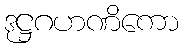
ဒုဋ္ဌဂဟဏိကော